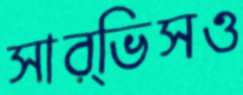
সার্ভিসও